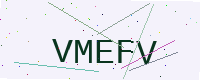
Text: VMEFV